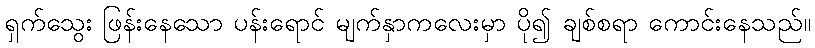
ရှက်သွေး ဖြန်းနေသော ပန်းရောင် မျက်နှာကလေးမှာ ပို၍ ချစ်စရာ ကောင်းနေသည်။